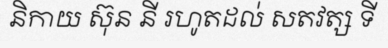
និកាយ ស៊ុន នី រហូតដល់ សតវត្ស ទី